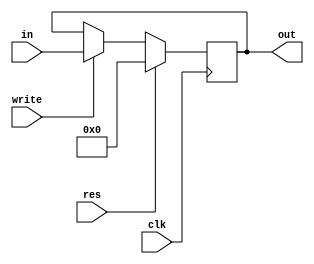
`timescale 1ns / 1ps
//////////////////////////////////////////////////////////////////////////////////
// Company: 
// Engineer: 
// 
// Design Name: 
// Module Name: PC
// Project Name: 
// Target Devices: 
// Tool Versions: 
// Description: 
// 
// Dependencies: 
// 
// Revision:
// Revision 0.01 - File Created
// Additional Comments:
// 
//////////////////////////////////////////////////////////////////////////////////


module PC(
input clk,res, write,
input [31:0] in,
output reg [31:0] out);

    always @(posedge clk ) 
    begin
        if (res == 1)
            out = 0;
        else if (write == 1)
            out = in;
    end
endmodule